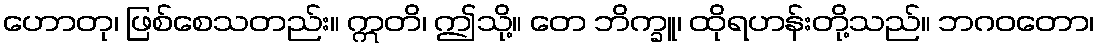
ဟောတု၊ ဖြစ်စေသတည်း။ ဣတိ၊ ဤသို့။ တေ ဘိက္ခူ၊ ထိုရဟန်းတို့သည်။ ဘဂဝတော၊